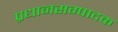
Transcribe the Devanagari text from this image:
प्रधानसम्पादक